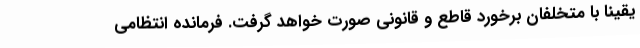
یقینا با متخلفان برخورد قاطع و قانونی صورت خواهد گرفت. فرمانده انتظامی